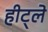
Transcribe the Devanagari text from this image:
हीट्ले